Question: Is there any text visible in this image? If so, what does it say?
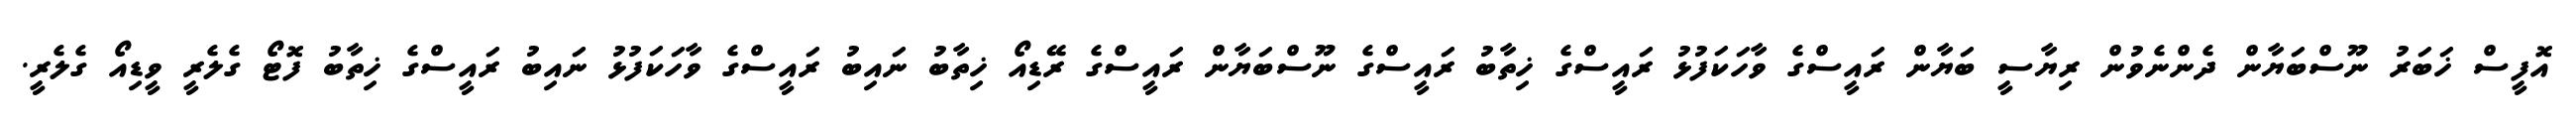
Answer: އޮފީސް ޚަބަރު ނޫސްބަޔާން ދެންނެވުން ރިޔާސީ ބަޔާން ރައީސްގެ ވާހަކަފުޅު ރައީސްގެ ޚިތާބު ރައީސްގެ ނޫސްބަޔާން ރައީސްގެ ރޭޑިއޯ ޚިތާބު ނައިބު ރައީސްގެ ވާހަކަފުޅު ނައިބު ރައީސްގެ ޚިތާބު ފޮޓޯ ގެލެރީ ވީޑިއޯ ގެލެރީ.